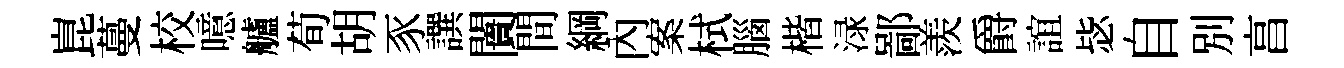
崑蔓校噫艫荀胡豕譔闠間綱內案栻腦楷渌鄙羨爵誼毖自別亯